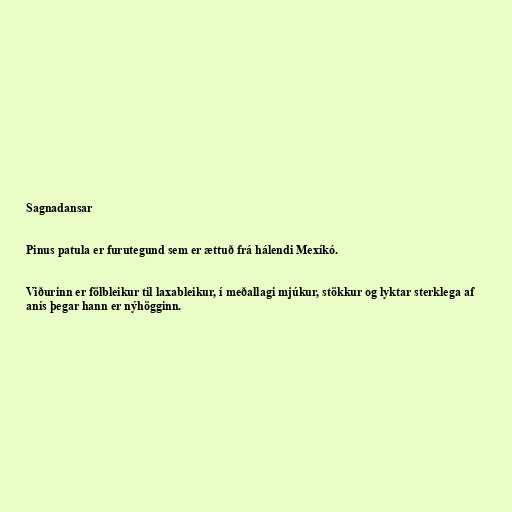
Sagnadansar

Pinus patula er furutegund sem er ættuð frá hálendi Mexíkó.

Viðurinn er fölbleikur til laxableikur, í meðallagi mjúkur, stökkur og lyktar sterklega af
anís þegar hann er nýhögginn.